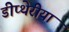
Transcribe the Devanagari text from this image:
डीप्थेरीया